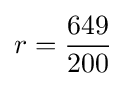
r={\frac {649}{200}}